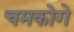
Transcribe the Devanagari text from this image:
चमकोगे